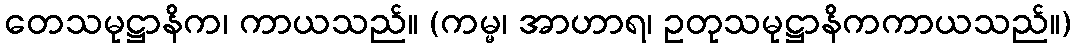
တေသမုဋ္ဌာနိက၊ ကာယသည်။ (ကမ္မ၊ အာဟာရ၊ ဥတုသမုဋ္ဌာနိကကာယသည်။)